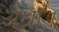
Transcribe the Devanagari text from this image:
अंधा।